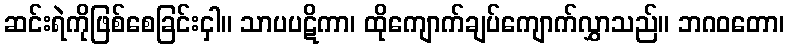
ဆင်းရဲကိုဖြစ်စေခြင်းငှါ။ သာပပဋိကာ၊ ထိုကျောက်ချပ်ကျောက်လွှာသည်။ ဘဂဝတော၊